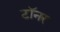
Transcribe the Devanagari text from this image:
टॉनर